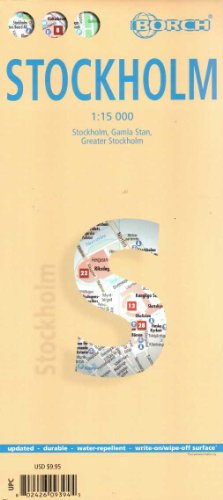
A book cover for Stockholm City 1:15 000 Borch 2012; Borch; Travel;